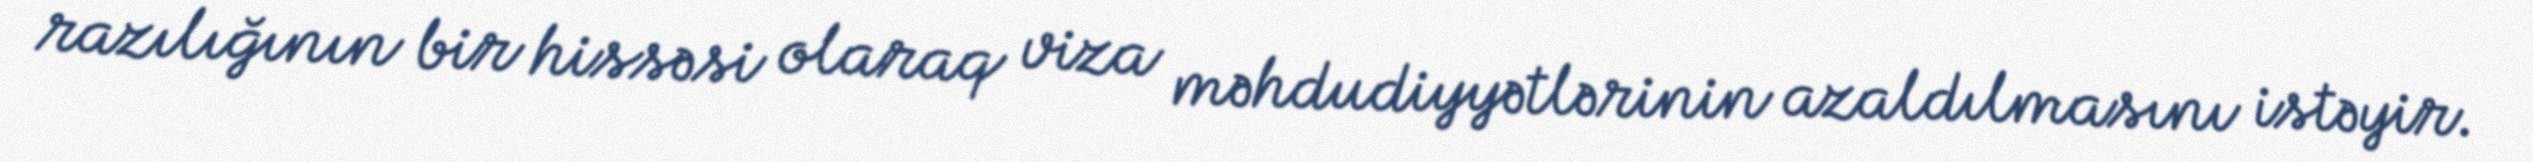
razılığının bir hissəsi olaraq viza məhdudiyyətlərinin azaldılmasını istəyir.